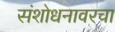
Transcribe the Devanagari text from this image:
संशोधनावरचा